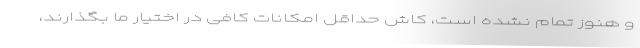
و هنوز تمام نشده است، کاش حداقل امکانات کافی در اختیار ما بگذارند،